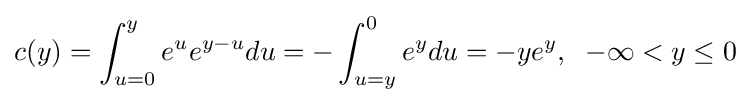
c(y)=\int _{u=0}^{y}e^{u}e^{y-u}du=-\int _{u=y}^{0}e^{y}du=-ye^{y},\;\;-\infty <y\leq 0